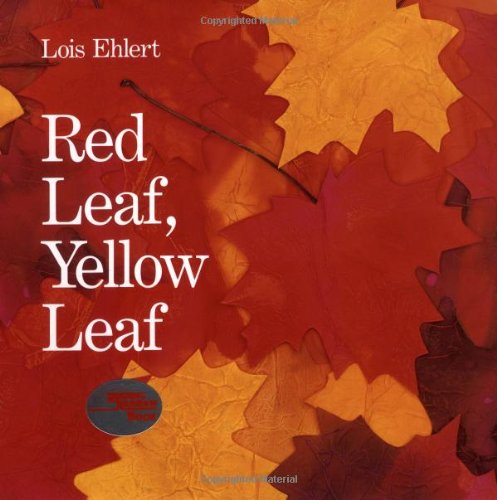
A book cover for Red Leaf, Yellow Leaf; Lois Ehlert; Children's Books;